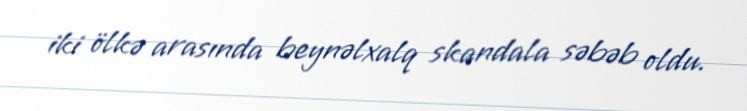
iki ölkə arasında beynəlxalq skandala səbəb oldu.